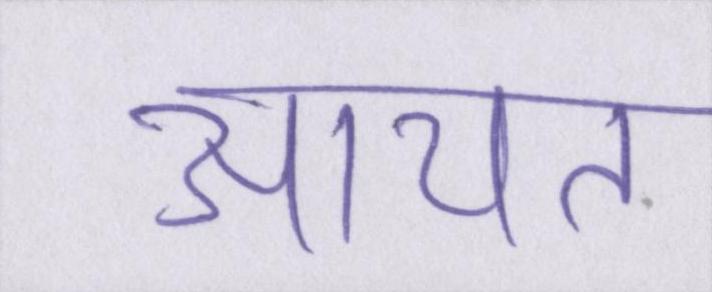
आयत